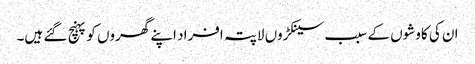
ان کی کاوشوں کے سبب سینکڑوں لاپتہ افراد اپنے گھروں کو پہنچ گئے ہیں۔